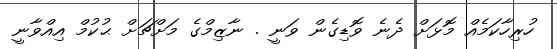
ހުރިހާކަމެއް މޮޅަށް ދެނެ ވޮޑިގެން ވަނީ . ނާޒިމްގެ މަށްޗަށް ޙުކުމް އިއްވާނީ